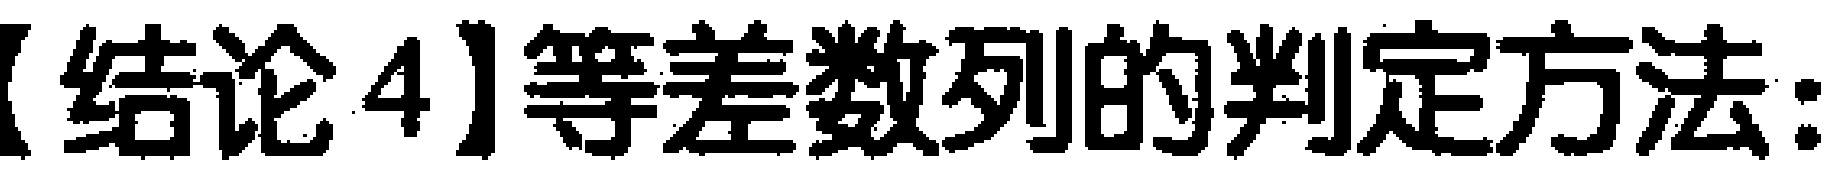
【结论4】等差数列的判定方法：